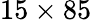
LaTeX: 15\times 85